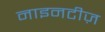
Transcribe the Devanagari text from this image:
नाइनटीज़